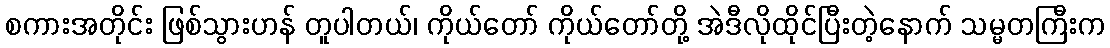
စကားအတိုင်း ဖြစ်သွားဟန် တူပါတယ်၊ ကိုယ်တော် ကိုယ်တော်တို့ အဲဒီလိုထိုင်ပြီးတဲ့နောက် သမ္မတကြီးက